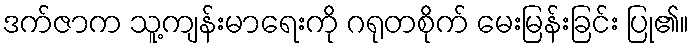
ဒက်ဇာက သူ့ကျန်းမာရေးကို ဂရုတစိုက် မေးမြန်းခြင်း ပြု၏။